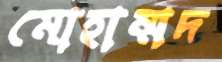
মোহাম্মদ